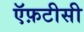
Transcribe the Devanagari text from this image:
ऍफ़टीसी